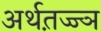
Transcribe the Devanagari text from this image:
अर्थत़ज्ज्ञ